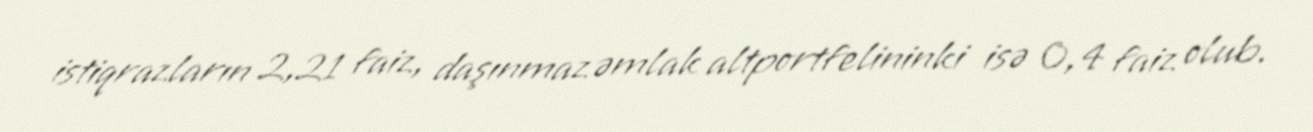
istiqrazların 2,21 faiz, daşınmaz əmlak altportfelininki isə 0,4 faiz olub.